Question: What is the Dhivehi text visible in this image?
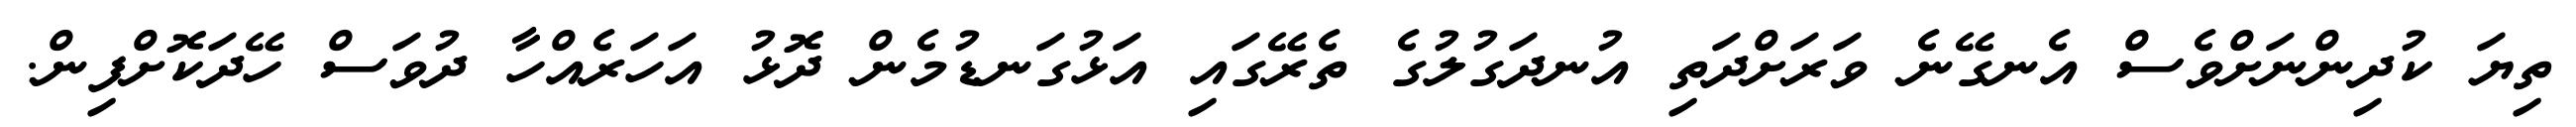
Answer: ތިޔަ ކުދިންނަށްވެސް އެނގޭނެ ވަރަށްދަތި އުނދަގުލުގެ ތެރޭގައި އަޅުގަނޑުމެން ދޮޅު އަހަރެއްހާ ދުވަސް ހޭދަކޮށްފިން.